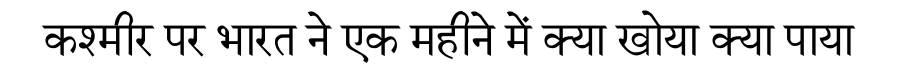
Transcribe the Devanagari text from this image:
कश्मीर पर भारत ने एक महीने में क्या खोया क्या पाया